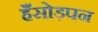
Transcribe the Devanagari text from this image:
हँसोड़पन